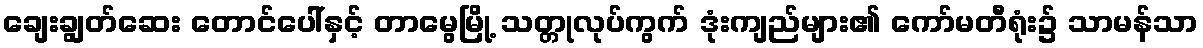
ချေးချွတ်ဆေး တောင်ပေါ်နှင့် တာမွေမြို့ သတ္တုလုပ်ကွက် ဒုံးကျည်များ၏ ကော်မတီရုံး၌ သာမန်သာ